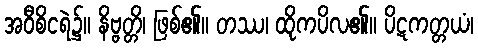
အဝီစိငရဲ၌။ နိဗ္ဗတ္တိ၊ ဖြစ်၏။ တဿ၊ ထိုကပိလ၏။ ပိဋကတ္တယံ၊